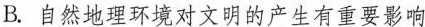
B.自然地理环境对文明的产生有重要影响